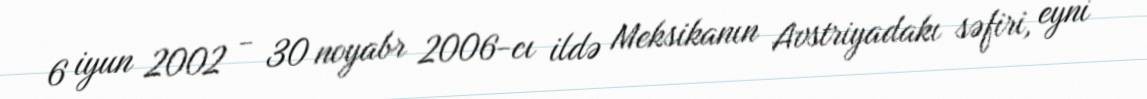
6 iyun 2002 - 30 noyabr 2006-cı ildə Meksikanın Avstriyadakı səfiri, eyni